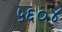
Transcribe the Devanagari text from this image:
५६०४